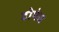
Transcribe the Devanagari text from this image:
दोपंत